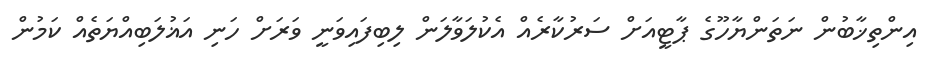
އިންތިޚާބުން ނަތަންޔާހޫގެ ޕާޓީއަށް ސަރުކާރެއް އެކުލަވާލަން ލިބިފައިވަނީ ވަރަށް ހަނި އަޣުލަބިއްޔަތެއް ކަމުން